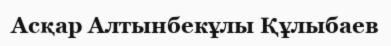
Асқар Алтынбекұлы Құлыбаев